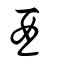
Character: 酉